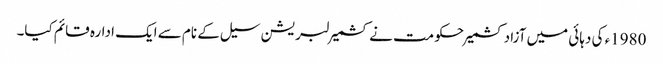
1980ء کی دہائی میں آزادکشمیر حکومت نے کشمیر لبریشن سیل کے نام سے ایک ادارہ قائم کیا۔